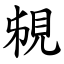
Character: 䙻